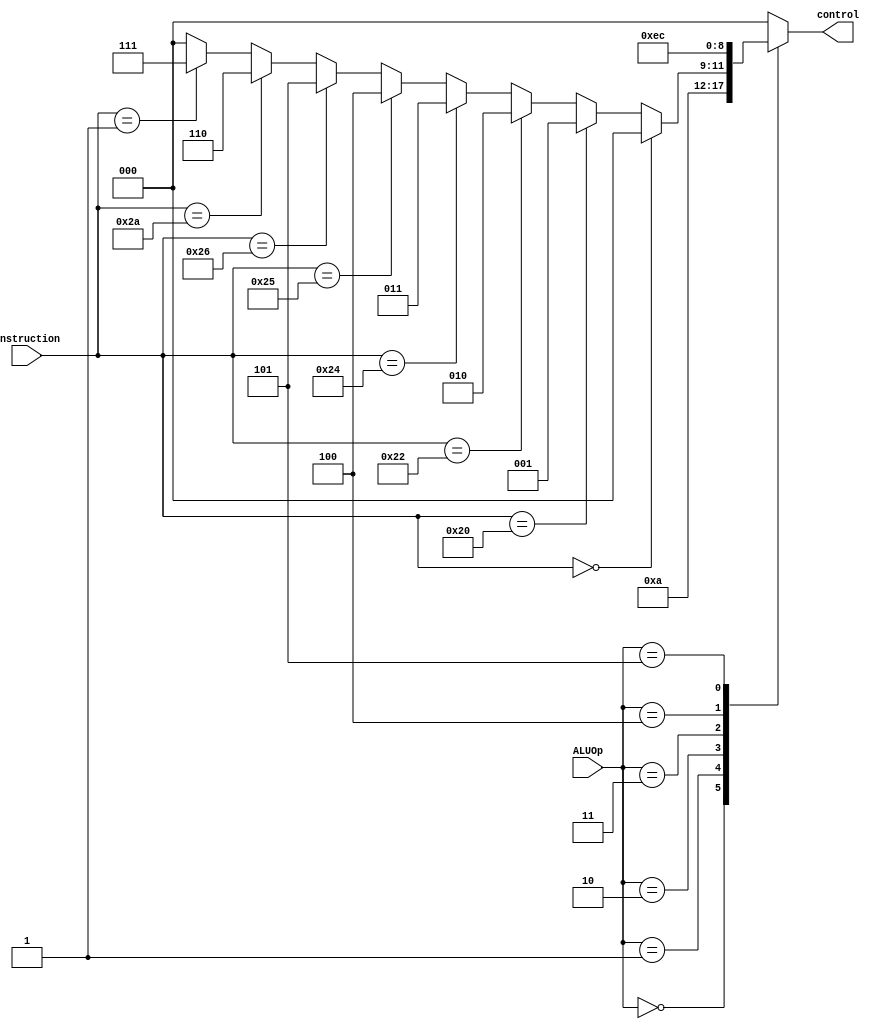
module ALUcontrol (control,instruction,ALUOp);
	input [5:0] instruction;
	input [2:0] ALUOp;
	output reg [2:0] control;
	
	always@(*)begin
		case(ALUOp)
			//LW and SW perform add ALU, addi
			3'b0: control = 3'b001;
			//bgt
			3'b001: control = 3'b010;
			//r-type
			3'b010: begin 
				if (instruction == 6'b0) control = 3'b0;//
				else if (instruction == 6'b100000) control = 3'b001;//add
				else if (instruction == 6'b100010) control = 3'b010;//sub
				else if (instruction == 6'b100100) control = 3'b011;//and
				else if (instruction == 6'b100101) control = 3'b100;//or
				else if (instruction == 6'b100110) control = 3'b101;//xor
				else if (instruction == 6'b101010) control = 3'b110;//SLT
				else if (instruction == 6'b000001) control = 3'b111;//SLL
				else control =3'b0;
			end
			3'b011: control = 3'b011;//andi
			3'b100: control = 3'b101;//xori
			3'b101: control = 3'b100;//ori
			
			default: control =3'b0;
			endcase
				
	end
	
endmodule